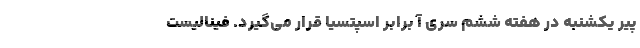
پیر یکشنبه در هفته ششم سری آ برابر اسپتسیا قرار می‌گیرد. فینالیست